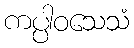
ကပ္ပါဝသေသံ